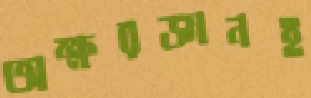
অক্ষরজ্ঞানই